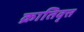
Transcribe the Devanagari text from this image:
क्रातिवृत्त